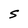
Character: S